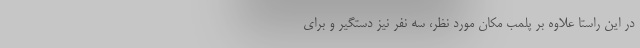
در این راستا علاوه بر پلمب مکان مورد نظر، سه نفر نیز دستگیر و برای